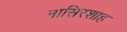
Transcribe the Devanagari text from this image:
नासिरशाह